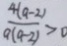
\frac { 4 ( a - 2 ) } { a ( a - 2 ) } > 0